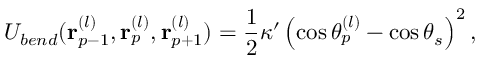
{ { \cal U } _ { b e n d } ( { \bf r } _ { p - 1 } ^ { ( l ) } , { \bf r } _ { p } ^ { ( l ) } , { \bf r } _ { p + 1 } ^ { ( l ) } ) = \frac { 1 } { 2 } \kappa ^ { \prime } \left( \cos \theta _ { p } ^ { ( l ) } - \cos \theta _ { s } \right) ^ { 2 } , }